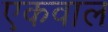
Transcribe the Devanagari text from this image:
एकवाल